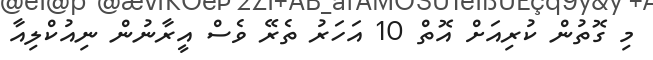
މި ގޮތުން ކުރިއަށް އޮތް 10 އަހަރު ތެރޭ ވެސް އީރާނުން ނިއުކްލިއާ